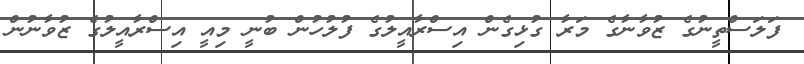
ފަލަސްތީނުގެ ޒުވާނާގެ މަރާ ގުޅިގެން އިސްރާއީލުގެ ފުލުހުން ބުނީ މިއީ އިސްރާއީލުގެ ޒުވާނުން